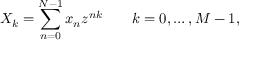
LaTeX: X _ { k } = \sum _ { n = 0 } ^ { N - 1 } x _ { n } z ^ { n k } \qquad k = 0 , \dots , M - 1 ,